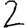
Digit: 2